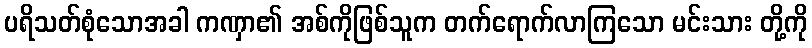
ပရိသတ်စုံသောအခါ ကဏှာ၏ အစ်ကိုဖြစ်သူက တက်ရောက်လာကြသော မင်းသား တို့ကို